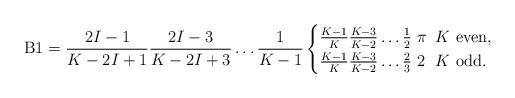
LaTeX: \begin{align*}\textrm{B1} = \frac{2I-1}{K-2I+1} \frac{2I-3}{K-2I+3} \ldots \frac{1}{K-1} \begin{cases}\frac{K-1}{K}\frac{K-3}{K-2} \ldots \frac{1}{2}\ \pi \phantom{2} K \textrm{ even},\\\frac{K-1}{K}\frac{K-3}{K-2} \ldots \frac{2}{3}\ 2 \phantom{\pi} K \textrm{ odd}.\end{cases}\end{align*}